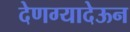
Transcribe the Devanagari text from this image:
देणग्यादेऊन